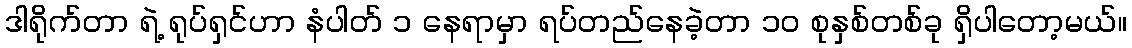
ဒါရိုက်တာ ရဲ့ ရုပ်ရှင်ဟာ နံပါတ် ၁ နေရာမှာ ရပ်တည်နေခဲ့တာ ၁၀ စုနှစ်တစ်ခု ရှိပါတော့မယ်။